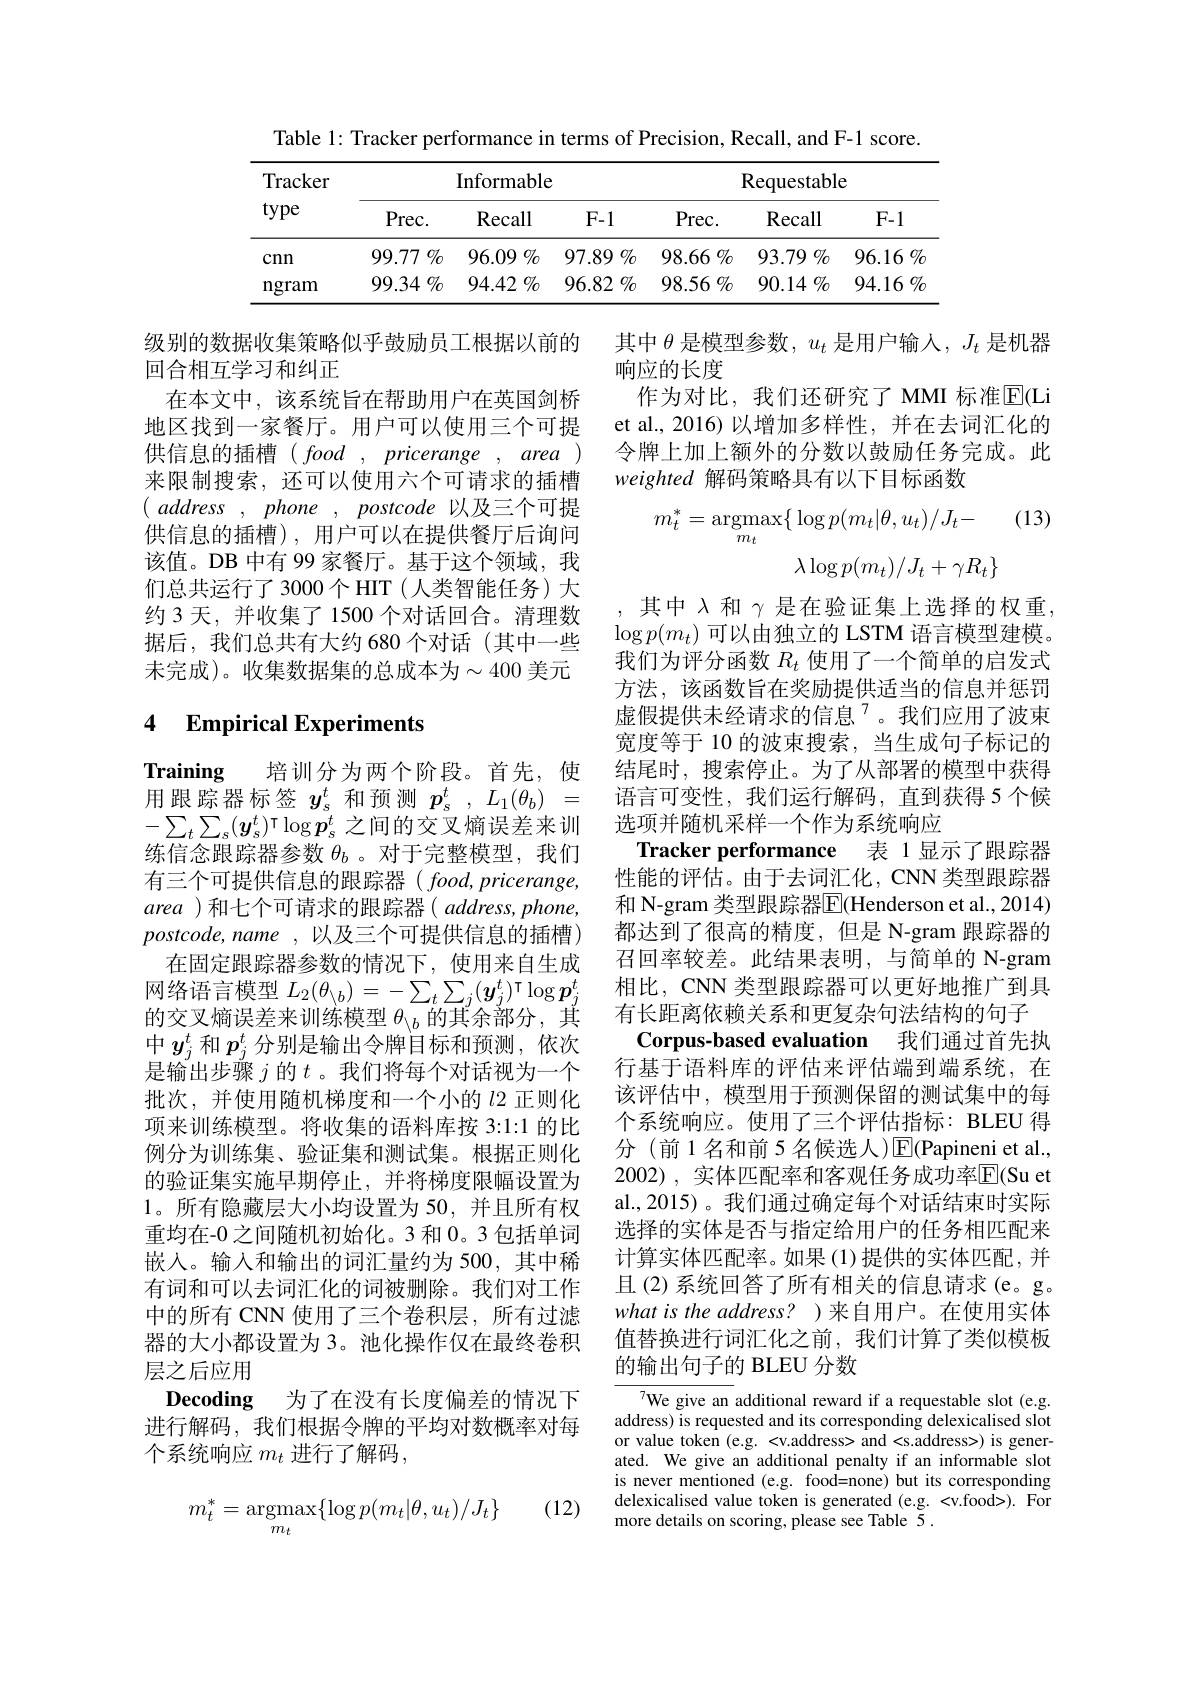
Table 1: Tracker performance in terms of Precision, Recall, and F-1 score.
<table>
	<tbody>
		<tr>
			<th rowspan="2">Tracker type</th>
			<th colspan="3">Informable</th>
			<th colspan="3">Requestable</th>
		</tr>
		<tr>
			<th>$Prec.$</th>
			<th>Recall</th>
			<th>$F-1$</th>
			<th>$Prec.$</th>
			<th>Recall</th>
			<th>$F-1$</th>
		</tr>
		<tr>
			<td>cnn</td>
			<td>99.77 $\%$</td>
			<td>96.09 $\%$</td>
			<td>$97.89\%$</td>
			<td>$98.66\%$</td>
			<td>93.79 $\%$</td>
			<td>$96.16\%$</td>
		</tr>
		<tr>
			<td>$\operatorname{ngram}$</td>
			<td>$99.34\%$</td>
			<td>94.42 $\%$</td>
			<td>96.82 $\%$</td>
			<td>$98.56\%$</td>
			<td>$90.14\%$</td>
			<td>$94.16\%$</td>
		</tr>
	</tbody>
</table>

其中$\theta$是模型参数，$u_t$是用户输人，$J_t$是机器
响应的长度
作为对比，我们还研究了 MMI 标准$\overline{\mathrm{E}}($Li et al., 2016) 以增加多样性，并在去词汇化的令牌上加上额外的分数以鼓励任务完成。此weighted 解码策略具有以下目标函数

级别的数据收集策略似乎鼓励员工根据以前的
回合相互学习和纠正
在本文中，该系统旨在帮助用户在英国剑桥地区找到一家餐厅。用户可以使用三个可提供信息的插槽(food,pricerange,area) 来限制搜索，还可以使用六个可请求的插槽$( \textit{address , phone , postcode 以 及 三 个 可 提 }$ 供信息的插槽),用户可以在提供餐厅后询问该值。DB 中有 99 家餐厅。基于这个领域，我们总共运行了3000个HIT(人类智能任务)大约3天，并收集了1500个对话回合。清理数据后，我们总共有大约 680 个对话(其中一些未完成)。收集数据集的总成本为$\sim400$ 美元

(13)
$$\begin{aligned}m_{t}^{*}&=\underset{m_{t}}{\operatorname*{argmax}}\{\log p(m_{t}|\theta,u_{t})/J_{t}-\\&\lambda\log p(m_{t})/J_{t}+\gamma R_{t}\}\end{aligned}$$
# 4 Empirical Experiments

选项并随机采样一个作为系统响应
Tracker performance 表 1显示了跟踪器

,其中$\lambda$和$\gamma$是在验证集上选择的权重， $\log p(m_t)$可以由独立的 LSTM 语言模型建模。我们为评分函数$R_t$使用了一个简单的启发式方法，该函数旨在奖励提供适当的信息并惩罚虚假提供未经请求的信息$^{7}$。我们应用了波束宽度等于 10 的波束搜索，当生成句子标记的结尾时，搜索停止。为了从部署的模型中获得语言可变性，我们运行解码，直到获得 5 个候性能的评估。由于去词汇化，CNN类型跟踪器和 N-gram 类型跟踪器$\overline{\mathrm{E}}($Henderson et al.,2014) 都达到了很高的精度，但是 N-gram 跟踪器的召回率较差。此结果表明，与简单的 N-gram 相比，CNN 类型跟踪器可以更好地推广到具有长距离依赖关系和更复杂句法结构的句子
Corpus-based evaluation 我们通过首先执行基于语料库的评估来评估端到端系统，在该评估中，模型用于预测保留的测试集中的每个系统响应。使用了三个评估指标：BLEU 得分(前1名和前5名候选人)$\operatorname{E}$(Papineni et al., 2002), 实体匹配率和客观任务成功率$\overline{\mathrm{E}}($Su et al.,2015)。我们通过确定每个对话结束时实际选择的实体是否与指定给用户的任务相匹配来计算实体匹配率。如果(1)提供的实体匹配，并且(2)系统回答了所有相关的信息请求(e。g。what is the address? )来自用户。在使用实体值替换进行词汇化之前，我们计算了类似模板的输出句子的 BLEU 分数
$\overline{{^{7}\text{We give an}}}$ additional reward if a requestable slot (e.g.$\overline{{^{7}\text{We give an}}}$ additional reward if a requestable slot (e.g.${\mathrm{address)~is~requested~and~its~corresponding~delexicalised~slot}}$

Training 培训分为两个阶段。首先，使用跟踪器标签$y_s^t$和预测$p_s^t,L_1(\theta_b)=$ $-\sum_t\sum_s(\boldsymbol{y}_s^t)^\intercal\log\boldsymbol{p}_s^t$之间的交叉熵误差来训练信念跟踪器参数$\theta_b$ 。对于完整模型，我们有三个可提供信息的跟踪器( $food,pricerange$, area )和七个可请求的跟踪器( $address,phone$, $postcode,name,以及三个可提供信息的插槽)$
在固定跟踪器参数的情况下，使用来自生成网络语言模型$L_2(\theta_{\setminus b})=-\sum_t\sum_j(\boldsymbol{y}_j^t)^\intercal\log\boldsymbol{p}_j^t$ 的交叉熵误差来训练模型$\theta_{\setminus b}$的其余部分，其中$y_j^t$和$p_j^t$分别是输出令牌目标和预测，依次是输出步骤$j$的$t$。我们将每个对话视为一个批次，并使用随机梯度和一个小的$l$2 正则化项来训练模型。将收集的语料库按 3:1:1 的比例分为训练集、验证集和测试集。根据正则化的验证集实施早期停止，并将梯度限幅设置为1。所有隐藏层大小均设置为 50,并且所有权重均在-0 之间随机初始化。3 和 0。3 包括单词嵌入。输人和输出的词汇量约为 500,其中稀有词和可以去词汇化的词被删除。我们对工作中的所有 CNN 使用了三个卷积层，所有过滤器的大小都设置为 3。池化操作仅在最终卷积层之后应用
Decoding 为了在没有长度偏差的情况下进行解码，我们根据令牌的平均对数概率对每个系统响应$m_t$进行了解码，

or value token (e.g. <v.address> and <s.address>) is generated. We give an additional penalty if an informable slot is never mentioned (e.g. food=none) but its corresponding delexicalised value token is generated (e.g. <v.food>). For more details on scoring, please see Table $\bar{5}.$

(12)
$$m_t^*=\mathop{\mathrm{argmax}}_{m_t}\{\log p(m_t|\theta,u_t)/J_t\}$$